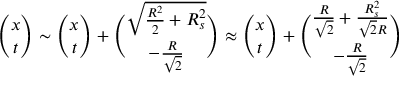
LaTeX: { \binom { x } { t } } \sim { \binom { x } { t } } + { \binom { \sqrt { { \frac { R ^ { 2 } } { 2 } } + R _ { s } ^ { 2 } } } { - { \frac { R } { \sqrt { 2 } } } } } \approx { \binom { x } { t } } + { \binom { { \frac { R } { \sqrt { 2 } } } + { \frac { R _ { s } ^ { 2 } } { \sqrt { 2 } R } } } { - { \frac { R } { \sqrt { 2 } } } } }